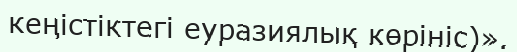
кеңістіктегі еуразиялық көрініс)».